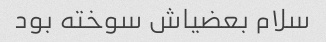
سلام بعضیاش سوخته بود